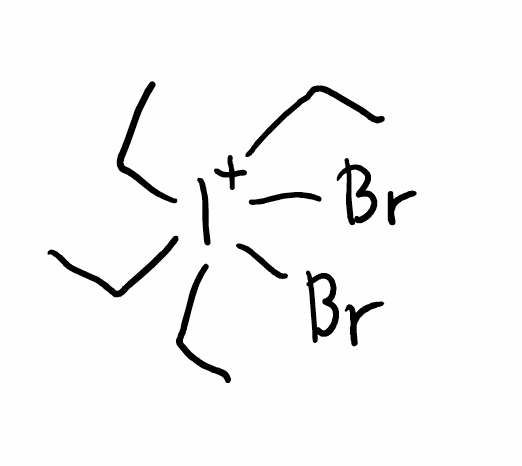
Simplified molecular-input line-entry system (SMILES) notation of the given molecule:
CC[I+](CC)(CC)(CC)(Br)Br